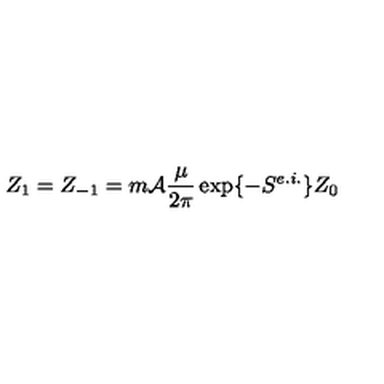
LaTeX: Z _ { 1 } = Z _ { - 1 } = m { \cal A } \frac { \mu } { 2 \pi } \exp \{ - S ^ { e . i . } \} Z _ { 0 }